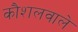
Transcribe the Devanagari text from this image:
कौशलवाले